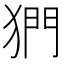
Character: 𪺿